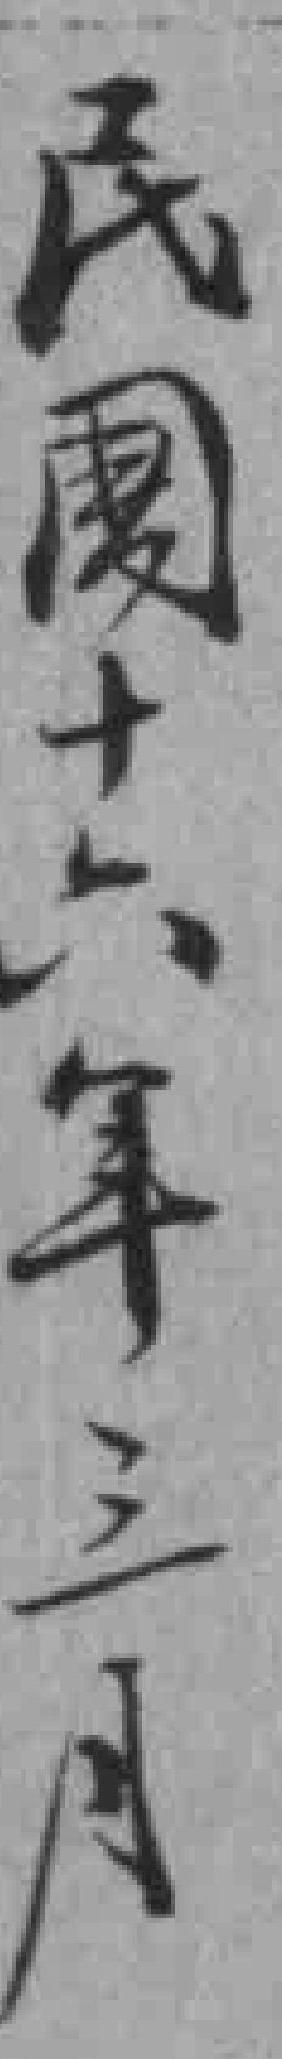
民國十六年三月